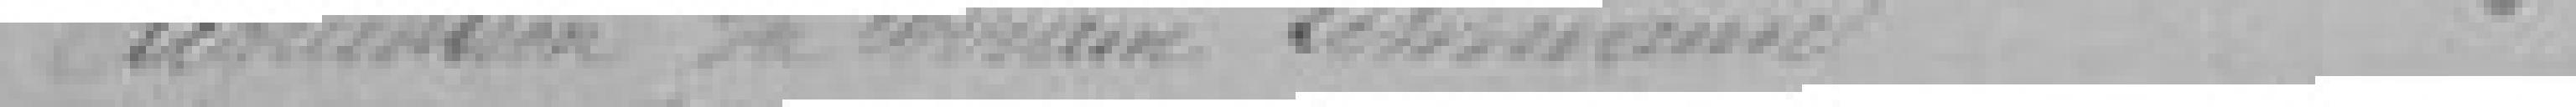
Acquisition du terrain Lehmann